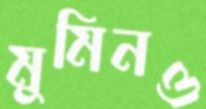
মুমিনও